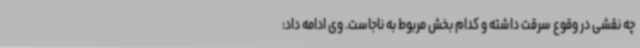
چه نقشی در وقوع سرقت داشته و کدام بخش مربوط به ناجاست. وی ادامه داد: